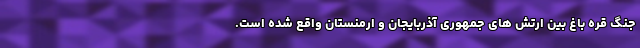
جنگ قره باغ بین ارتش های جمهوری آذربایجان و ارمنستان واقع شده است.